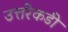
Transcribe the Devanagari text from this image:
उत्तरेकडी